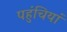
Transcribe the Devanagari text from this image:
पहुंचियां